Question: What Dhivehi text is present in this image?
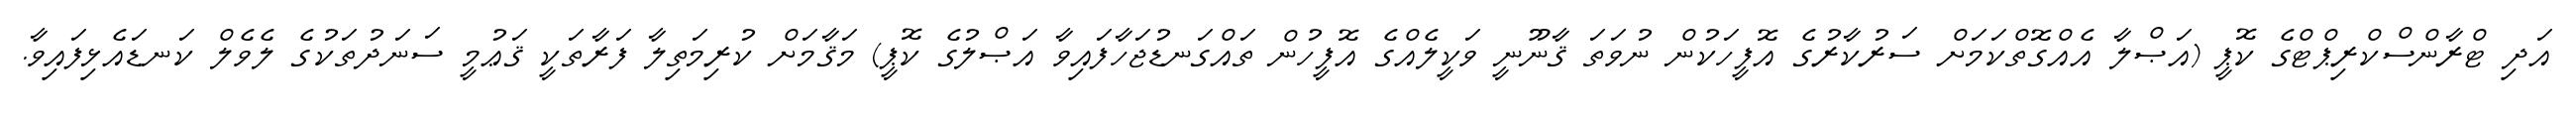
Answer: އަދި ޓްރާންސްކްރިޕްޓްގެ ކޮޕީ (އަޞްލާ އެއްގޮތްކަމަށް ސަރުކާރުގެ އޮފީހަކުން ނުވަތަ ޤާނޫނީ ވަކީލެއްގެ އޮފީހުން ތައްގަނޑުޖަހާފައިވާ އަޞްލުގެ ކޮޕީ) މަޤާމަށް ކުރިމަތިލާ ފަރާތަކީ ޤަޢުމީ ސަނަދުތަކުގެ ލެވެލް ކަނޑައެޅިފައިވާ.